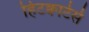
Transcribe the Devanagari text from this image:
हिटक्वार्टर्स